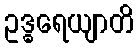
ဥဒ္ဓရေယျာတိ